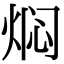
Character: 焖